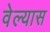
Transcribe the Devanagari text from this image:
वेल्यास